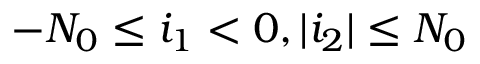
- N _ { 0 } \leq i _ { 1 } < 0 , | i _ { 2 } | \leq N _ { 0 }